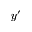
y ^ { \prime }